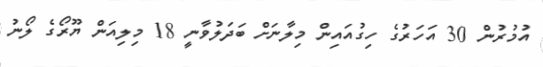
އުމުރުން 30 އަހަރުގެ ހިގުއައިން މިލާނަށް ބަދަލުވާނީ 18 މިލިއަން ޔޫރޯގެ ލޯނު